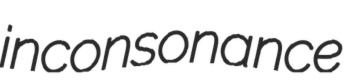
inconsonance